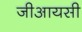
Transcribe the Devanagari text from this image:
जीआयसी